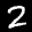
Label: 2